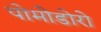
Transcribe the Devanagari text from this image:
पोमोडोरो